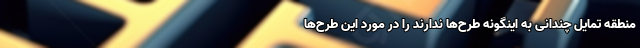
منطقه تمایل چندانی به اینگونه طرح‌ها ندارند را در مورد این طرح‌ها